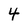
Character: 4